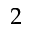
2